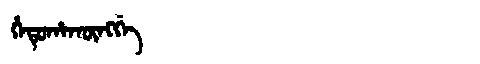
Manchu: ᡥᡝᡨᡠᡥᠠᡴᡡᠩᡤᡝ
Romanization: HETUHAKŪNGGE